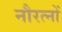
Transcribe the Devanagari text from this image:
नौरत्नों